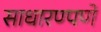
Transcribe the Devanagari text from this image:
साधारण्पणे